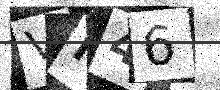
Text: VM46